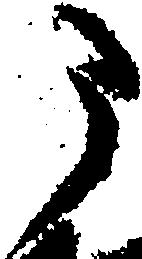
う